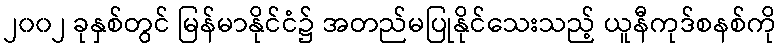
၂၀၀၂ ခုနှစ်တွင် မြန်မာနိုင်ငံ၌ အတည်မပြုနိုင်သေးသည့် ယူနီကုဒ်စနစ်ကို